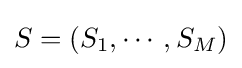
S=(S_{1},\cdots ,S_{M})